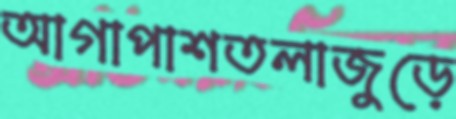
আগাপাশতলাজুড়ে